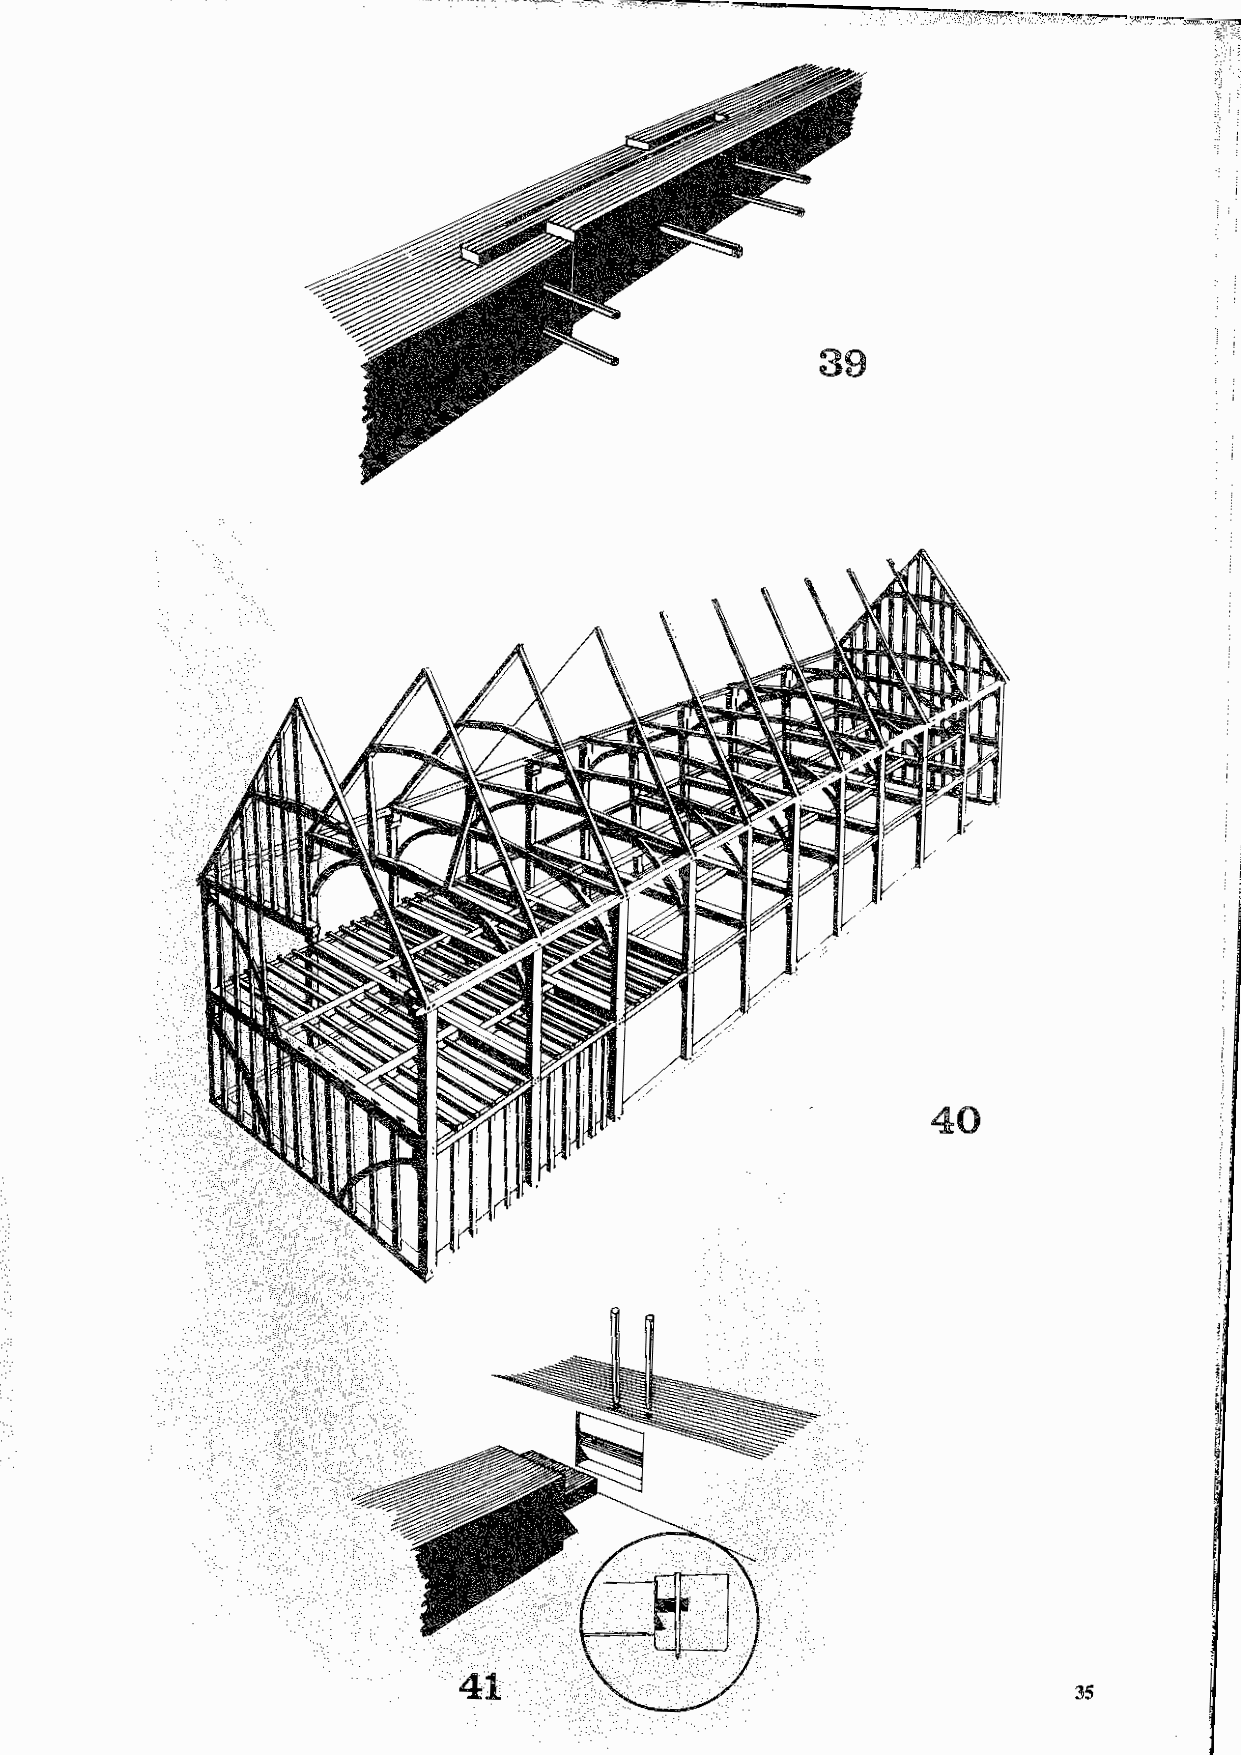
39
 40
 41                                       35